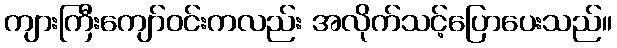
ကျားကြီးကျော်ဝင်းကလည်း အလိုက်သင့်ပြောပေးသည်။